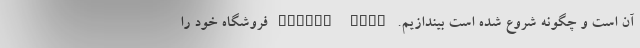
آن است و چگونه شروع ‌شده است بیندازیم. Google Play فروشگاه خود را